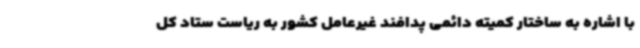
با اشاره به ساختار کمیته دائمی پدافند غیرعامل کشور به ریاست ستاد کل